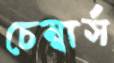
চেম্বার্স